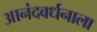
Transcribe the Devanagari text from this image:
आनंदवर्धनाला